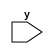
module b(y);
input y;
endmodule